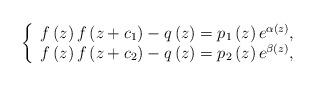
LaTeX: \begin{align*}\left\{ \begin{array}{l}f\left( z\right) f\left( z+c_{1}\right) -q\left( z\right) =p_{1}\left(z\right) e^{\alpha \left( z\right) }, \\ f\left( z\right) f\left( z+c_{2}\right) -q\left( z\right) =p_{2}\left(z\right) e^{\beta \left( z\right) },\end{array}\right. \end{align*}